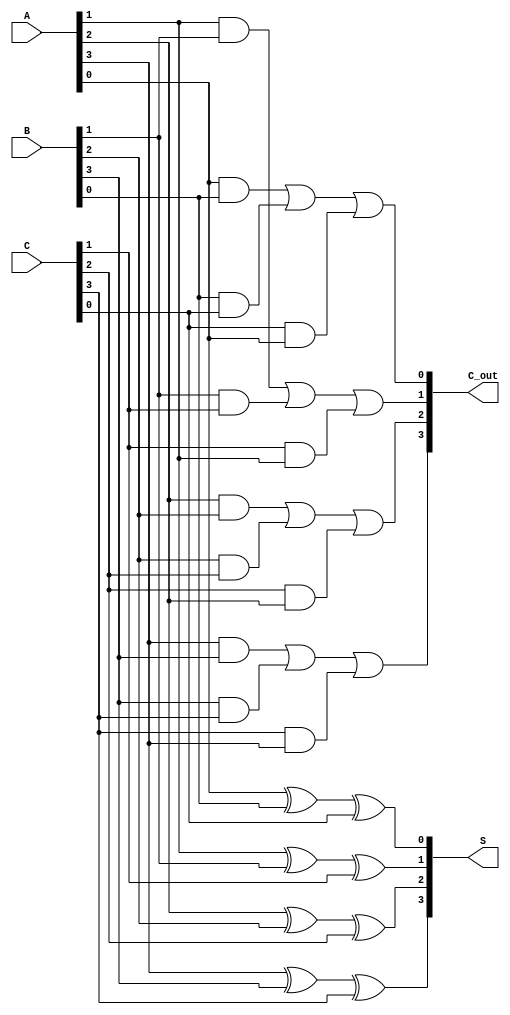
module carry_save_adder (
    input [3:0] A,  // First 4-bit input
    input [3:0] B,  // Second 4-bit input
    input [3:0] C,  // Third 4-bit input
    output [3:0] S, // Sum output
    output [3:0] C_out // Carry output
);

    // Internal wires to hold sum and carry bits of each stage
    wire [3:0] sum;
    wire [3:0] carry;

    // Full Adder for each bit position
    genvar i;
    generate
        for (i = 0; i < 4; i = i + 1) begin : full_adder_stage
            // Sum and carry for each full adder
            wire a_bit = A[i];
            wire b_bit = B[i];
            wire c_bit = C[i];

            assign sum[i] = a_bit ^ b_bit ^ c_bit; // Sum output
            assign carry[i] = (a_bit & b_bit) | (b_bit & c_bit) | (c_bit & a_bit); // Carry output
        end
    endgenerate

    // Final carry propagation
    assign C_out = carry; // Carry output is directly from the last stage
    assign S = sum;       // Sum output is directly from the full adders

endmodule